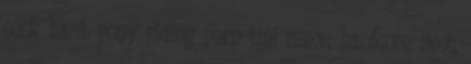
cock hard, pony riding porn tini szex, hardcore sex,